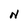
Character: N